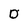
Character: O